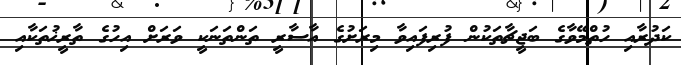
ކަދުރާއި ހުތްމޭވާގެ ބަޖީޗާތަކުން ފުރިފައިވާ މިރަށުގެ އާސާރީ ތަންތަނަކީ ވަރަށް އިހުގެ ތާރީޚުތަކާއި